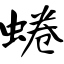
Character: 蜷